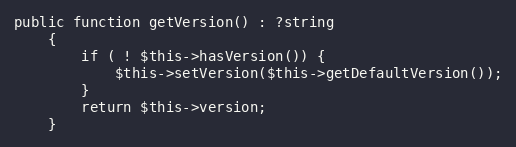
Language: PHP
public function getVersion() : ?string
    {
        if ( ! $this->hasVersion()) {
            $this->setVersion($this->getDefaultVersion());
        }
        return $this->version;
    }